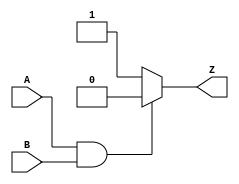
module two_nand(
    input A,
    input B,
    output Z
    );
	 reg Z;
	 
	 //assign A=1'b0,B=1'b1;
always @(*)
begin
if(A==1'b1 && B==1'b1)
Z=1'b0;
else Z=1'b1;
end

endmodule